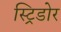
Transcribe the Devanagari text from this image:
स्ट्रिडोर